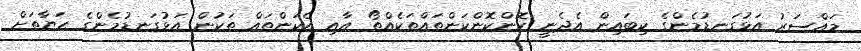
މައްސަރު އަޅުގަނޑުމެންގެ ކިބައިން އެދެނީ ކޮންކޮންކަންތައްތަކެއްތޯ އާއި އެކަންތައް ތަކުން އަޅުގަނޑުމެންގެ ހަޔާތަށް